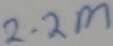
Text: 2.2M